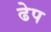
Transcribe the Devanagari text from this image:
ढेप